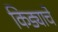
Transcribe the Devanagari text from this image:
किड्याचे